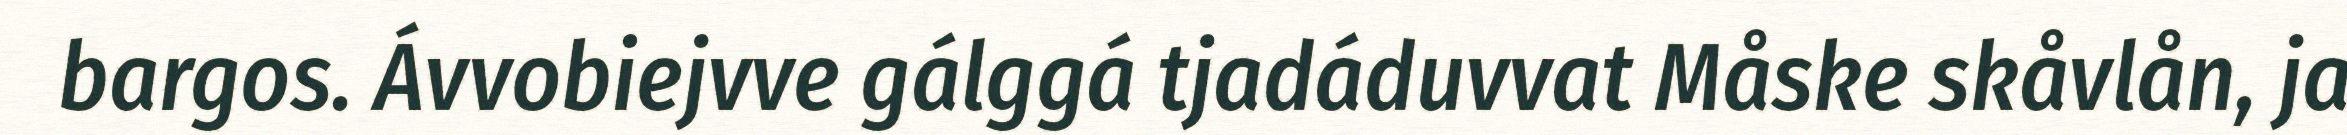
bargos. Ávvobiejvve gálggá tjadáduvvat Måske skåvlån, ja